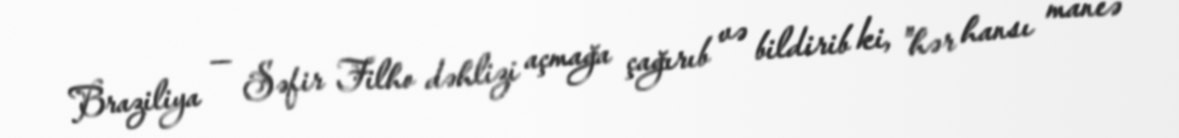
Braziliya — Səfir Filho dəhlizi açmağa çağırıb və bildirib ki, "hər hansı maneə